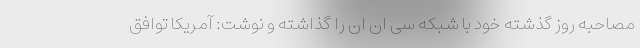
مصاحبه روز گذشته خود با شبکه سی ان ان را گذاشته و نوشت: آمریکا توافق